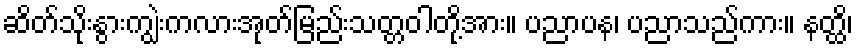
ဆိတ်သိုးနွားကျွဲးကလားအုတ်မြည်းသတ္တဝါတို့အား။ ပညာပန၊ ပညာသည်ကား။ နတ္ထိ၊